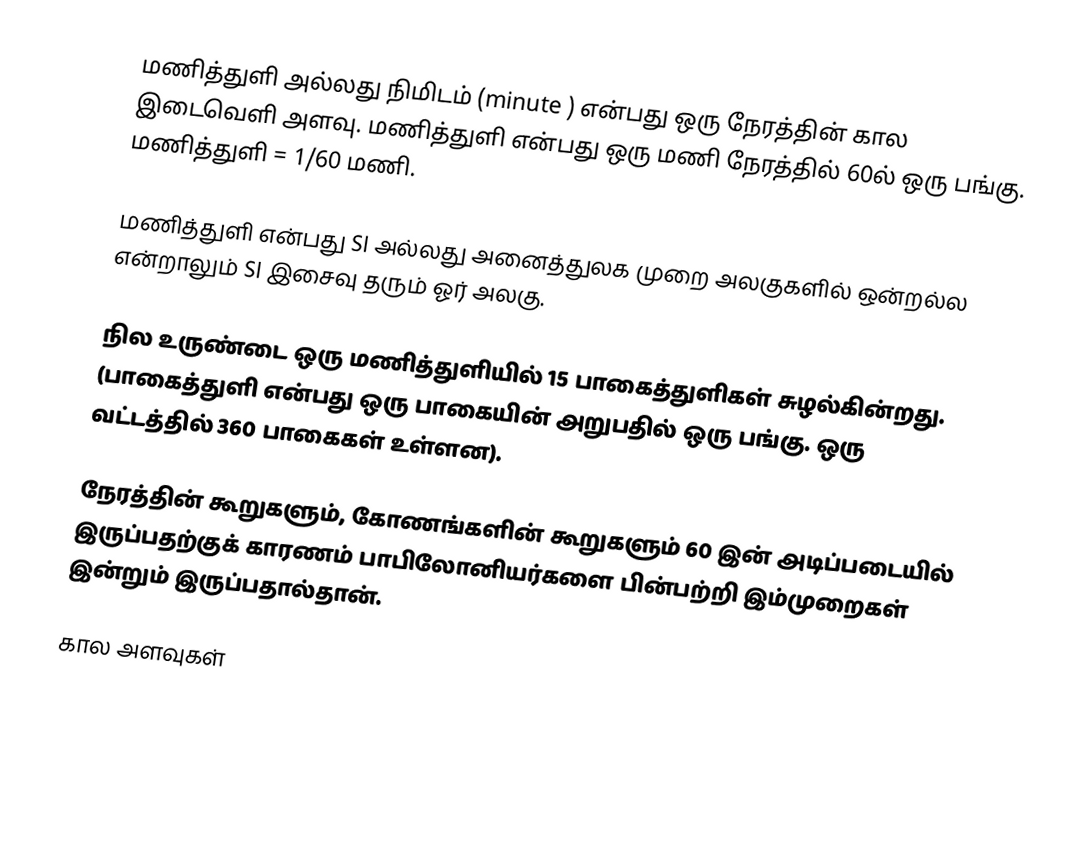
மணித்துளி அல்லது நிமிடம் (minute ) என்பது ஒரு நேரத்தின் கால இடைவெளி அளவு. மணித்துளி என்பது ஒரு மணி நேரத்தில் 60ல் ஒரு பங்கு. மணித்துளி = 1/60 மணி.

மணித்துளி என்பது SI அல்லது அனைத்துலக முறை அலகுகளில் ஒன்றல்ல என்றாலும் SI இசைவு தரும் ஓர் அலகு.

நில உருண்டை ஒரு மணித்துளியில் 15 பாகைத்துளிகள் சுழல்கின்றது. (பாகைத்துளி என்பது ஒரு பாகையின் அறுபதில் ஒரு பங்கு. ஒரு வட்டத்தில் 360 பாகைகள் உள்ளன).

நேரத்தின் கூறுகளும், கோணங்களின் கூறுகளும் 60 இன் அடிப்படையில் இருப்பதற்குக் காரணம் பாபிலோனியர்களை பின்பற்றி இம்முறைகள் இன்றும் இருப்பதால்தான்.

கால அளவுகள்